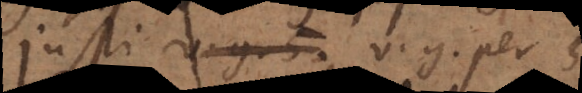
justi v.g. per 5,